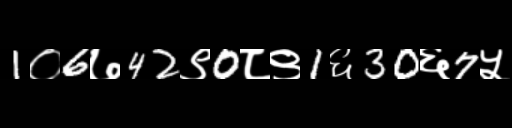
Text: 1०6७42९0८९1६30६7५